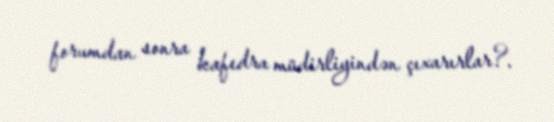
forumdan sonra kafedra müdirliyindən çıxarırlar?.